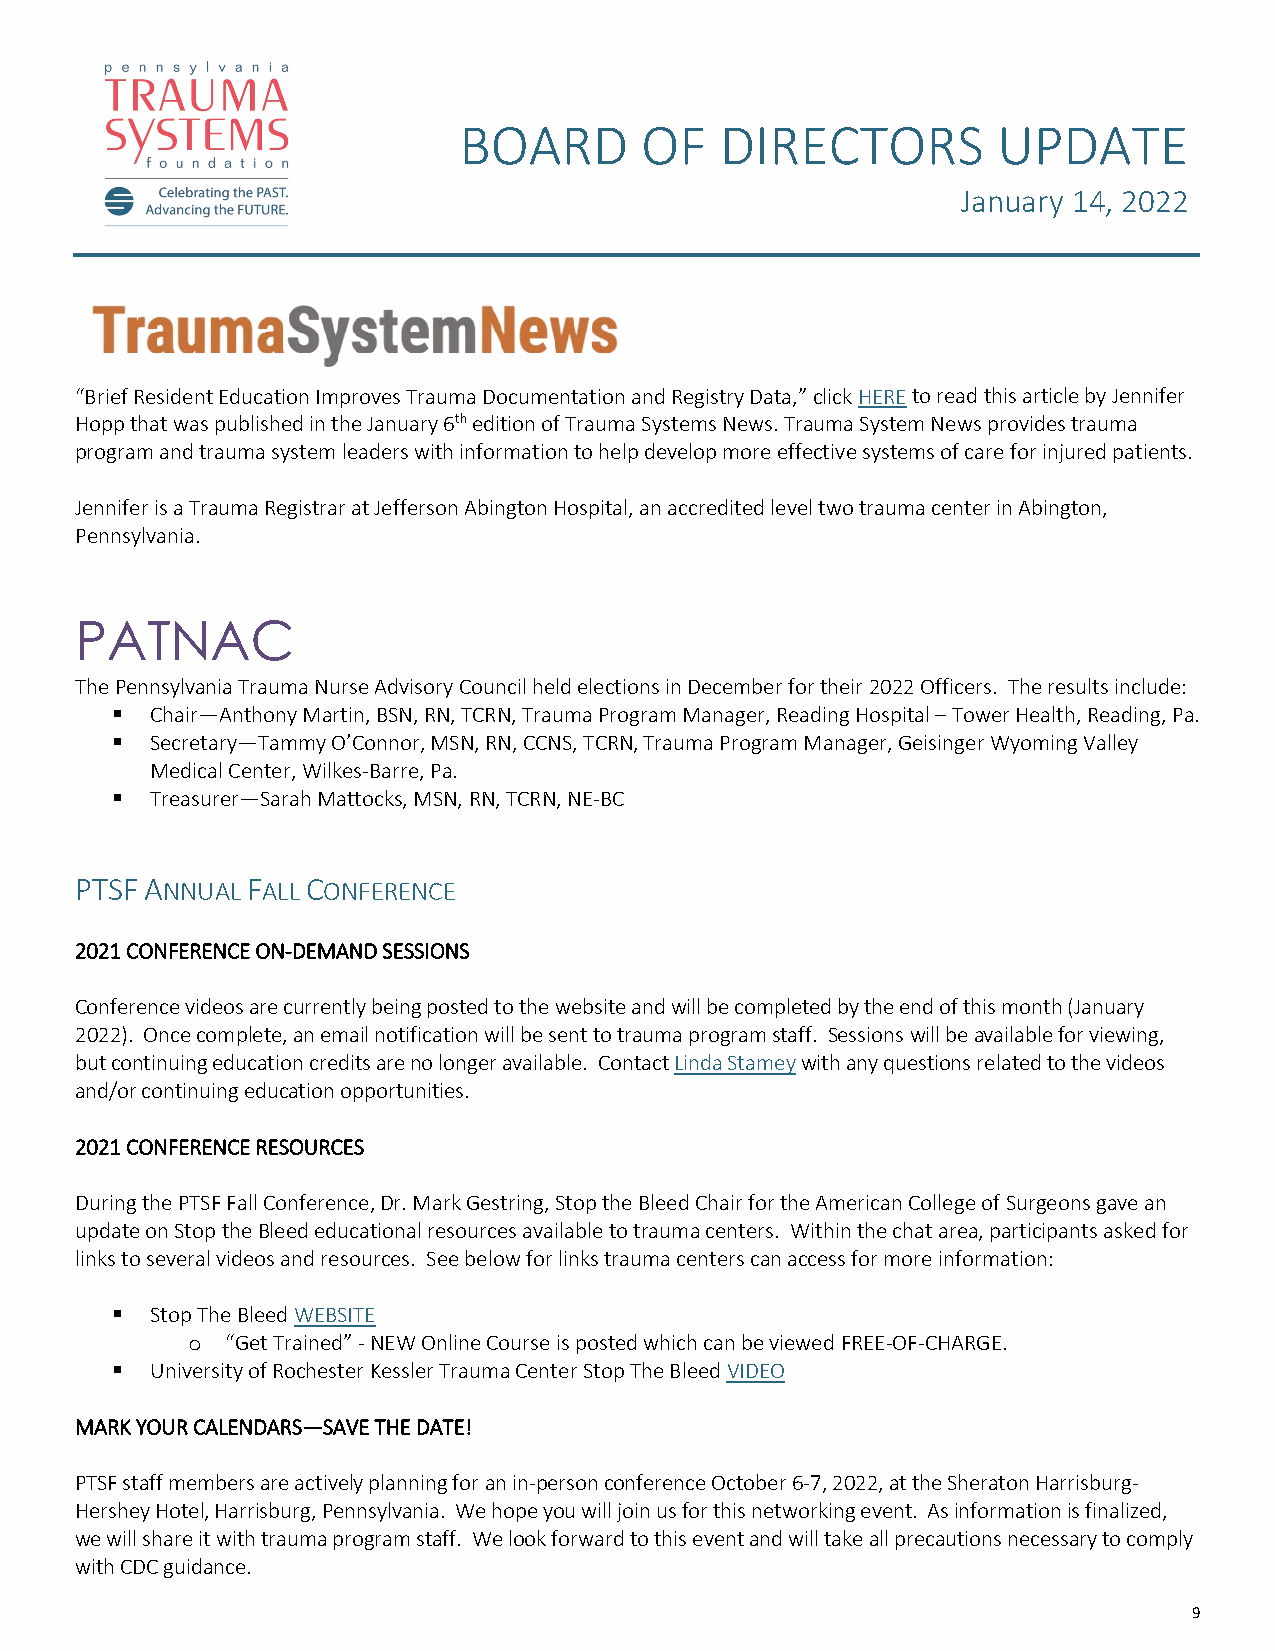
BOARD       OF    DIRECTORS         UPDATE
 January 14, 2022
 “Brief Resident Education Improves Trauma Documentation and Registry Data,” click HERE to read this article by Jennifer
 Hopp that was published in the January 6th edition of Trauma Systems News. Trauma System News provides trauma
 program and trauma system leaders with information to help develop more effective systems of care for injured patients.
 Jennifer is a Trauma Registrar at Jefferson Abington Hospital, an accredited level two trauma center in Abington,
 Pennsylvania.
 PATNAC
 The Pennsylvania Trauma Nurse Advisory Council held elections in December for their 2022 Officers. The results include:
   Chair—Anthony Martin, BSN, RN, TCRN, Trauma Program Manager, Reading Hospital – Tower Health, Reading, Pa.
   Secretary—Tammy O’Connor, MSN, RN, CCNS, TCRN, Trauma Program Manager, Geisinger Wyoming Valley
 Medical Center, Wilkes-Barre, Pa.
   Treasurer—Sarah Mattocks, MSN, RN, TCRN, NE-BC
 PTSF ANNUAL FALL CONFERENCE
 2021 CONFERENCE ON-DEMAND SESSIONS
 Conference videos are currently being posted to the website and will be completed by the end of this month (January
 2022). Once complete, an email notification will be sent to trauma program staff. Sessions will be available for viewing,
 but continuing education credits are no longer available. Contact Linda Stamey with any questions related to the videos
 and/or continuing education opportunities.
 2021 CONFERENCE RESOURCES
 During the PTSF Fall Conference, Dr. Mark Gestring, Stop the Bleed Chair for the American College of Surgeons gave an
 update on Stop the Bleed educational resources available to trauma centers. Within the chat area, participants asked for
 links to several videos and resources. See below for links trauma centers can access for more information:
   Stop The Bleed WEBSITE
 “Get Trained” - NEW Online Course is posted which can be viewed FREE-OF-CHARGE.
 o
   University of Rochester Kessler Trauma Center Stop The Bleed VIDEO
 MARK YOUR CALENDARS—SAVE THE DATE!
 PTSF staff members are actively planning for an in-person conference October 6-7, 2022, at the Sheraton Harrisburg-
 Hershey Hotel, Harrisburg, Pennsylvania. We hope you will join us for this networking event. As information is finalized,
 we will share it with trauma program staff. We look forward to this event and will take all precautions necessary to comply
 with CDC guidance.
 9